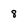
Character: 8